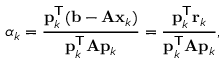
\alpha _ { k } = { \frac { \mathbf { p } _ { k } ^ { \mathsf { T } } ( \mathbf { b } - \mathbf { A x } _ { k } ) } { \mathbf { p } _ { k } ^ { \mathsf { T } } \mathbf { A } \mathbf { p } _ { k } } } = { \frac { \mathbf { p } _ { k } ^ { \mathsf { T } } \mathbf { r } _ { k } } { \mathbf { p } _ { k } ^ { \mathsf { T } } \mathbf { A } \mathbf { p } _ { k } } } ,